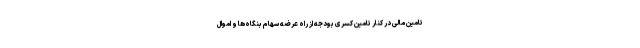
تامین مالی در کنار تامین کسری بودجه از راه عرضه سهام بنگاه‌ها و اموال